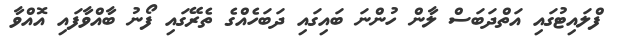
ފްލައިޓުގައި އަތްދަބަސް ލާން ހުންނަ ބައިގައި ދަބަހެއްގެ ތެރޭގައި ފޯނު ބާއްވާފައި އޮއްވާ